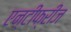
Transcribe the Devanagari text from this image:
एन्टीफ्रीज